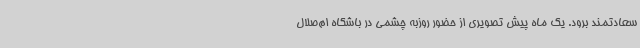
سعادتمند برود. یک ماه پیش تصویری از حضور روزبه چشمی در باشگاه ام‌صلال